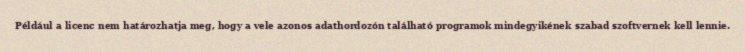
Például a licenc nem határozhatja meg, hogy a vele azonos adathordozón található programok mindegyikének szabad szoftvernek kell lennie.